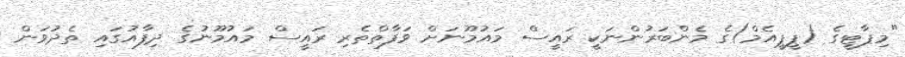
"މިޕާޓީގެ (ޕީޕީއެމް)ގެ މެންބަރުންނަކީ ރައީސް މައުމޫނަށް ވަފާތްތެރި ރައީސް މައުމޫނުގެ ދިފާއުގައި ތެދުވަން